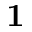
\mathbf { 1 }